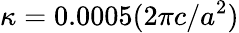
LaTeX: \kappa=0.0005(2\pi c/a^{2})